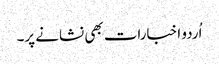
اُردو اخبارات بھی نشانے پر۔